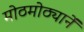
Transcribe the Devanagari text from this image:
मोठमोठ्यानें